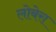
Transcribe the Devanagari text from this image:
लोबेरा